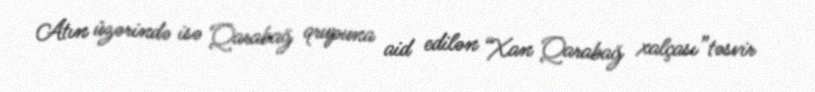
Atın üzərində isə Qarabağ qrupuna aid edilən “Xan Qarabağ xalçası”təsvir